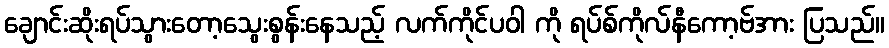
ချောင်းဆိုးရပ်သွားတော့သွေးစွန်းနေသည့် လက်ကိုင်ပဝါ ကို ရပ်စ်ကိုလ်နီကော့ဗ်အား ပြသည်။